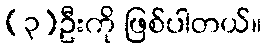
(၃)ဦးကို ဖြစ်ပါတယ်။